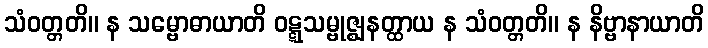
သံဝတ္တတိ။ န သမ္ဗောဓာယာတိ ဝဋ္ဋသမ္ဗုဇ္ဈနတ္ထာယ န သံဝတ္တတိ။ န နိဗ္ဗာနာယာတိ